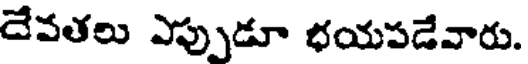
దేవతలు ఎప్పుడూ భయపడేవారు.